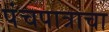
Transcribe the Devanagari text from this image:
पंचपात्राचा